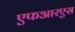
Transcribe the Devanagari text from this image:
एफआरएस